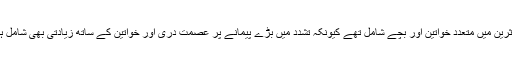
متاثرین میں متعدد خواتین اور بچے شامل تھے کیونکہ تشدد میں بڑے پیمانے پر عصمت دری اور خواتین کے ساتھ زیادتی بھی شامل ہے۔